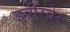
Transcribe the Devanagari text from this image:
झ्वीरवेर